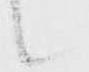
候